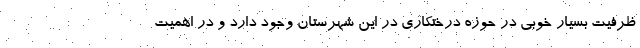
ظرفیت بسیار خوبی در حوزه درختکاری در این شهرستان وجود دارد و در اهمیت